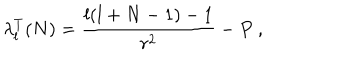
\lambda _ { l } ^ { T } ( N ) = \frac { l ( l + N - 1 ) - 1 } { r ^ { 2 } } - P \ ,